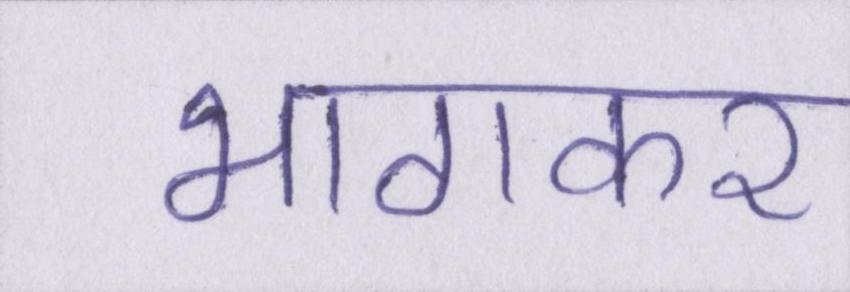
भागकर